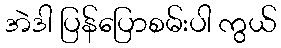
အဲဒါ ပြန်ပြောစမ်းပါ ကွယ်